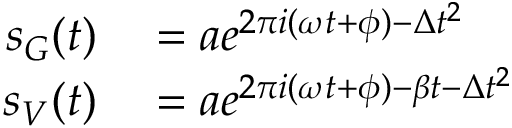
\begin{array} { r l } { s _ { G } ( t ) } & { { } = a e ^ { 2 \pi i ( \omega t + \phi ) - \Delta t ^ { 2 } } } \\ { s _ { V } ( t ) } & { { } = a e ^ { 2 \pi i ( \omega t + \phi ) - \beta t - \Delta t ^ { 2 } } } \end{array}